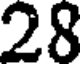
28